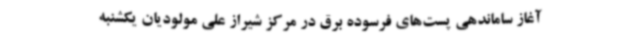
آغاز ساماندهی پست‌های فرسوده برق در مرکز شیراز علی مولودیان یکشنبه